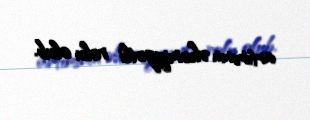
artımının əhəmiyyətli rolu olub.